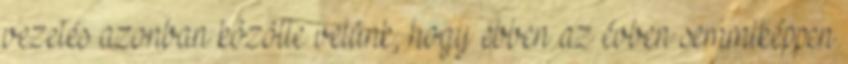
vezetés azonban közölte velünk, hogy ebben az évben semmiképpen